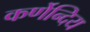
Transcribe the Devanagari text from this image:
कर्णेन्दिय